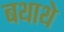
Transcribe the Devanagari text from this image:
बथाथे